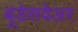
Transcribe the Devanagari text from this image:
बूंडेसवेअर